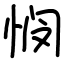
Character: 悯